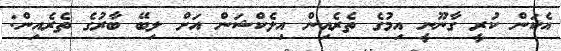
އެކަން ކުރީ ގާނޫނީ އިމުގެ ތެރެއިން އިލެކްޝަން އަށް ލިބޭ ބާރުގެ ތެރެއިން: